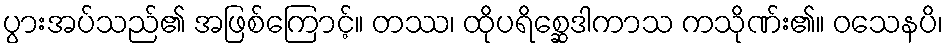
ပွားအပ်သည်၏ အဖြစ်ကြောင့်။ တဿ၊ ထိုပရိစ္ဆေဒါကာသ ကသိုဏ်း၏။ ဝသေနပိ၊